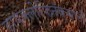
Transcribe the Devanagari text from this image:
डायक्लोफिनॅकसाठी